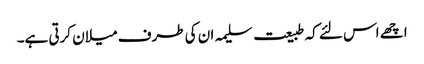
اچھے اس لئے کہ طبیعت سلیمہ ان کی طرف میلان کرتی ہے۔